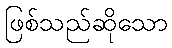
ဖြစ်သည်ဆိုသော